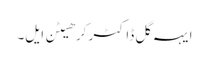
ایہہ گل ڈاکٹر کرھیٹن ایل۔